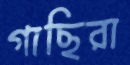
গাছিরা